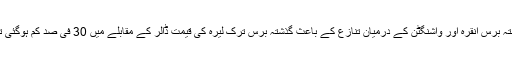
گذشتہ برس انقرہ اور واشنگٹن کے درمیان تنازع کے باعث گذشتہ برس ترک لیرہ کی قیمت ڈالر کے مقابلے میں 30 فی صد کم ہوگئی تھی۔